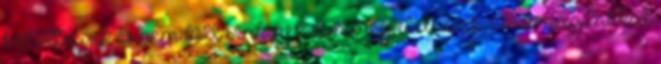
kötöttségek és nem kell senkinek sem megfelelnünk, csak magunkkal